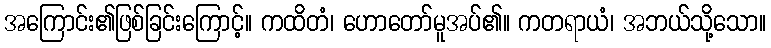
အကြောင်း၏ဖြစ်ခြင်းကြောင့်။ ကထိတံ၊ ဟောတော်မူအပ်၏။ ကတရာယံ၊ အဘယ်သို့သော။